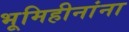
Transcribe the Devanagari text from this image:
भूमिहीनांना